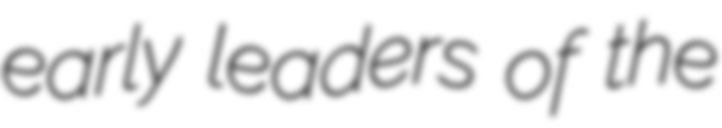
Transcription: early leaders of the